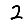
Digit: 2